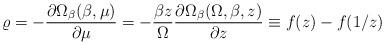
LaTeX: \begin{align*}\varrho=-\frac{\partial\Omega_\beta(\beta,\mu)}{\partial\mu}=-\frac{\beta z}{\Omega} \frac{\partial\Omega_\beta(\Omega,\beta,z)}{\partial z}\equiv f(z)-f(1/z) \end{align*}